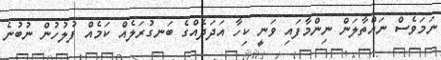
ނަމަވެސް ނައްތާލަން ނިންމާފައި ވަނީ ކިހާ އަދަދެއްގެ ބަނގުރަލެއް ކަމެއް ފުލުހުން ނުބުނެ